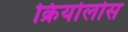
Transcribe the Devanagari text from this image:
क्रियोलोस